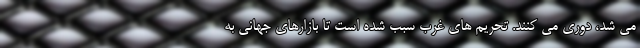
می شد، دوری می کنند. تحریم های غرب سبب شده است تا بازارهای جهانی به